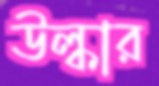
উল্কার